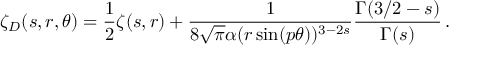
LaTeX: \zeta _ { D } ( s , r , \theta ) = \frac { 1 } { 2 } \zeta ( s , r ) + \frac { 1 } { 8 \sqrt \pi \alpha ( r \sin ( p \theta ) ) ^ { 3 - 2 s } } \frac { \Gamma ( 3 / 2 - s ) } { \Gamma ( s ) } \, { . }